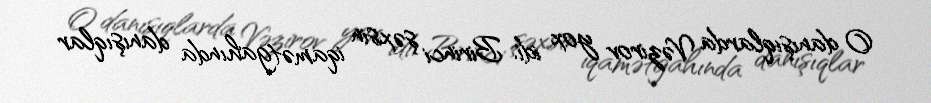
O danışıqlarda Vəzirov yox idi. Birinci şəxsin iqamətgahında danışıqlar